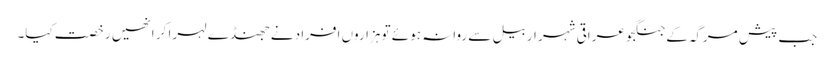
جب پیش مرگہ کے جنگجو عراقی شہر اربیل سے روانہ ہوئے تو ہزاروں افراد نے جھنڈے لہرا کر انھیں رخصت کیا۔